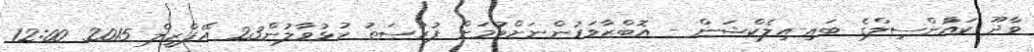
ވާދޫ ކައުްންސިލްގެ ބައި-އިލެކްޝަން - އޮބްޒާވަރުންނަށްވުމަށް ފުރުޞަތު ހުޅުވާލުން23 އޭޕްރީލް 2015